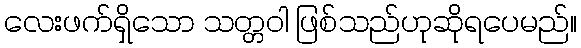
လေးဖက်ရှိသော သတ္တဝါ ဖြစ်သည်ဟုဆိုရပေမည်။